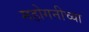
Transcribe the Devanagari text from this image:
महोगनीच्या